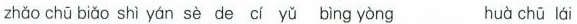
zhǎo chū biǎo shì yán sè de cí yǔ bìng yòng huà chū lái